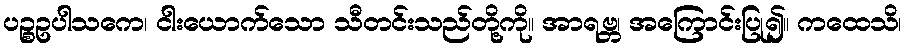
ပဉ္စဥပါသကေ၊ ငါးယောက်သော သီတင်းသည်တို့ကို။ အာရဗ္ဘ၊ အကြောင်းပြု၍။ ကထေသိ၊